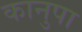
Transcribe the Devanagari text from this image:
कानुपा